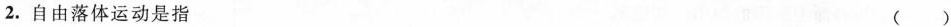
2.自由落体运动是指 ()